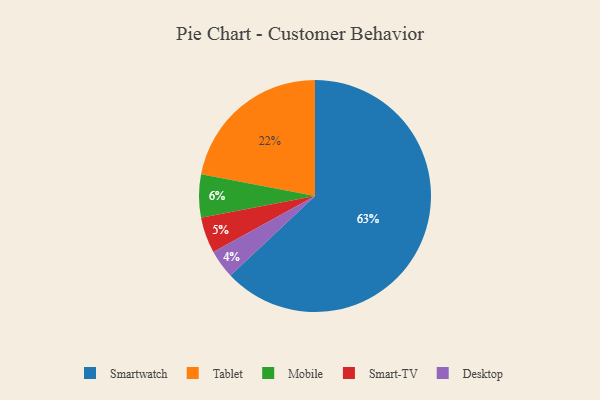
{"axis": {"x": "Category", "y": "Percentage"}, "legend": ["Desktop", "Mobile", "Smart-TV", "Smartwatch", "Tablet"], "data": [{"x": "Desktop", "y": 4, "type": "Desktop"}, {"x": "Smartwatch", "y": 63, "type": "Smartwatch"}, {"x": "Mobile", "y": 6, "type": "Mobile"}, {"x": "Smart-TV", "y": 5, "type": "Smart-TV"}, {"x": "Tablet", "y": 22, "type": "Tablet"}]}